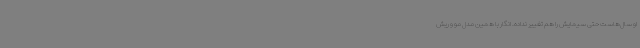
او سال‌هاست حتی سیمایش را هم تغییر نداده. انگار با همین مدل مو و ریش